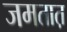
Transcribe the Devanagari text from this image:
जमतात़